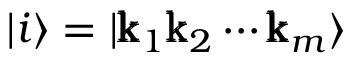
| i \rangle = | \pmb { \mathrm { k } } _ { 1 } \pmb { \mathrm { k } } _ { 2 } \cdots \pmb { \mathrm { k } } _ { m } \rangle